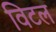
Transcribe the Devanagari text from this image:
विटल